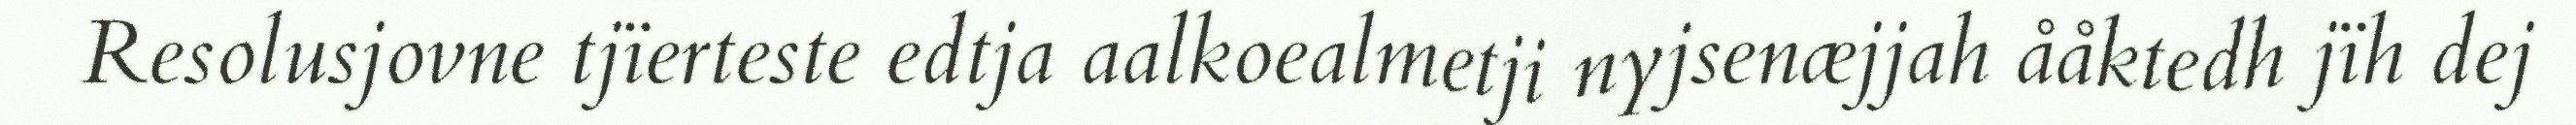
Resolusjovne tjïerteste edtja aalkoealmetji nyjsenæjjah ååktedh jïh dej